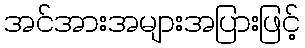
အင်အားအများအပြားဖြင့်